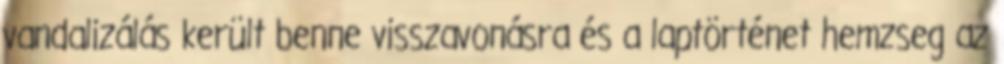
vandalizálás került benne visszavonásra és a laptörténet hemzseg az